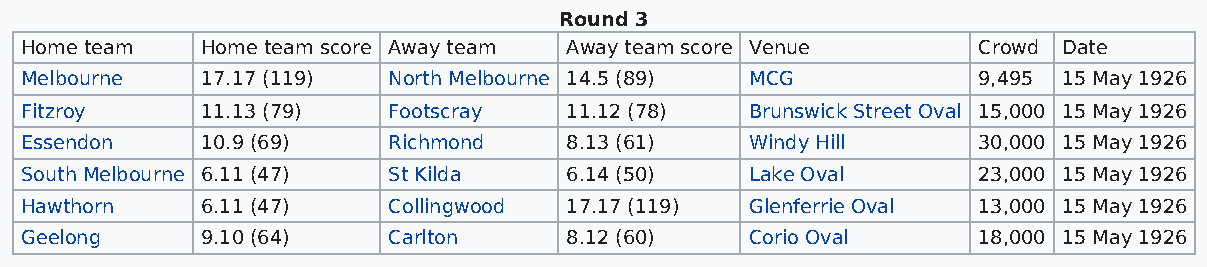
Round 3
 Home team   Home team score Away team Away team score Venue     Crowd Date
 Melbourne   17.17 (119)  North Melbourne 14.5 (89) MCG          9,495 15 May 1926
 Fitzroy     11.13 (79)   Footscray  11.12 (78)   Brunswick Street Oval 15,000 15 May 1926
 Essendon    10.9 (69)    Richmond   8.13 (61)    Windy Hill     30,000 15 May 1926
 South Melbourne 6.11 (47) St Kilda  6.14 (50)    Lake Oval      23,000 15 May 1926
 Hawthorn    6.11 (47)    Collingwood 17.17 (119) Glenferrie Oval 13,000 15 May 1926
 Geelong     9.10 (64)    Carlton    8.12 (60)    Corio Oval     18,000 15 May 1926